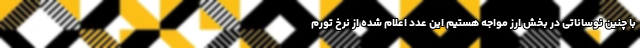
با چنین نوساناتی در بخش ارز مواجه هستیم این عدد اعلام شده از نرخ تورم